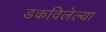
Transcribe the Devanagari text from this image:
डकविलेल्या